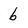
Character: b